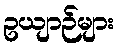
ဥယျာဉ်များ